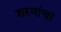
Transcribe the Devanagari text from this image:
शरणांचा